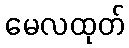
မေလထုတ်